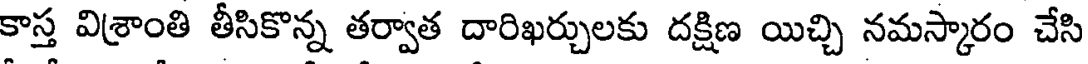
కాస్త విశ్రాంతి తీసికొన్న తర్వాత దారిఖర్చులకు దక్షిణ యిచ్చి నమస్కారం చేసి